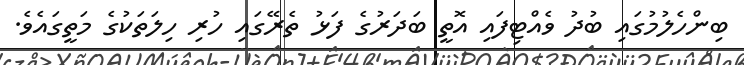
ބިންހެލުމުގައި ބުދު ވެއްޓިފައި އޮތީ ބަދަރުގެ ފަޅު ތެރޭގައި ހުރި ހިލަތަކުގެ މަތީގައެވެ.